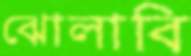
ঝোলাবি